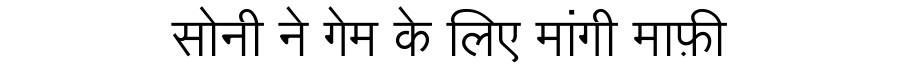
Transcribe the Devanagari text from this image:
सोनी ने गेम के लिए मांगी माफ़ी